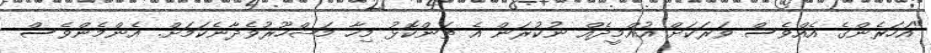
"އަހަރެންގެ އެއްވެސް ވަރަކަށް އުއްމީދެއްް ނުކުރަން އެ ތަންކޮޅު މިހާ މަޝްހޫރުވެދާނެކަމަަށް. އެންމެންވެސް